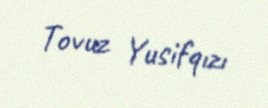
Tovuz Yusifqızı